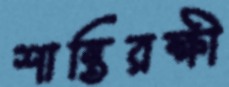
শান্তিরক্ষী